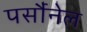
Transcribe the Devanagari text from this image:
पर्सौनेल